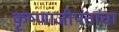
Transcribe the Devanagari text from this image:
कृष्णाजीपंतांचा